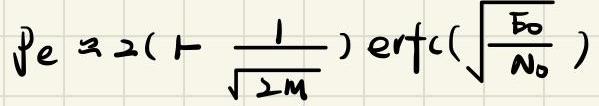
$P_e \approx 2(1 - \frac{1}{\sqrt{2M}}) \mathrm{erfc}(\sqrt{\frac{E_0}{N_0}})$